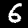
Label: 6